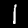
Digit: 1